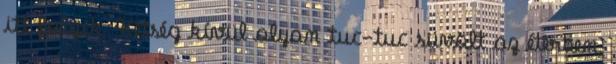
itt folyik. Kétség kívül olyan tuc-tuc süvölt az éterben,